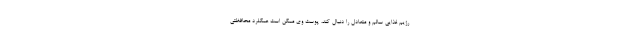
رژیم غذایی سالم و متعادل را دنبال کند، پوست وی ممکن است عمکلرد محافظتی